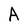
Character: A